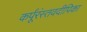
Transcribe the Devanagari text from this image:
कर्पूंरंस्तवदीपिका